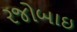
રજોબાઇ